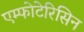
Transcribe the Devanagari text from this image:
एम्फोटेरिसिन